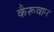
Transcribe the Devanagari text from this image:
कैरूवान